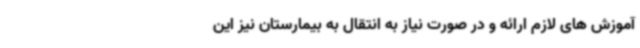
آموزش های لازم ارائه و در صورت نیاز به انتقال به بیمارستان نیز این